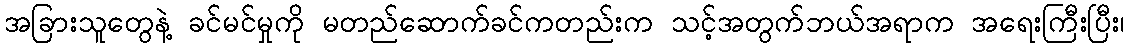
အခြားသူတွေနဲ့ ခင်မင်မှုကို မတည်ဆောက်ခင်ကတည်းက သင့်အတွက်ဘယ်အရာက အရေးကြီးပြီး၊